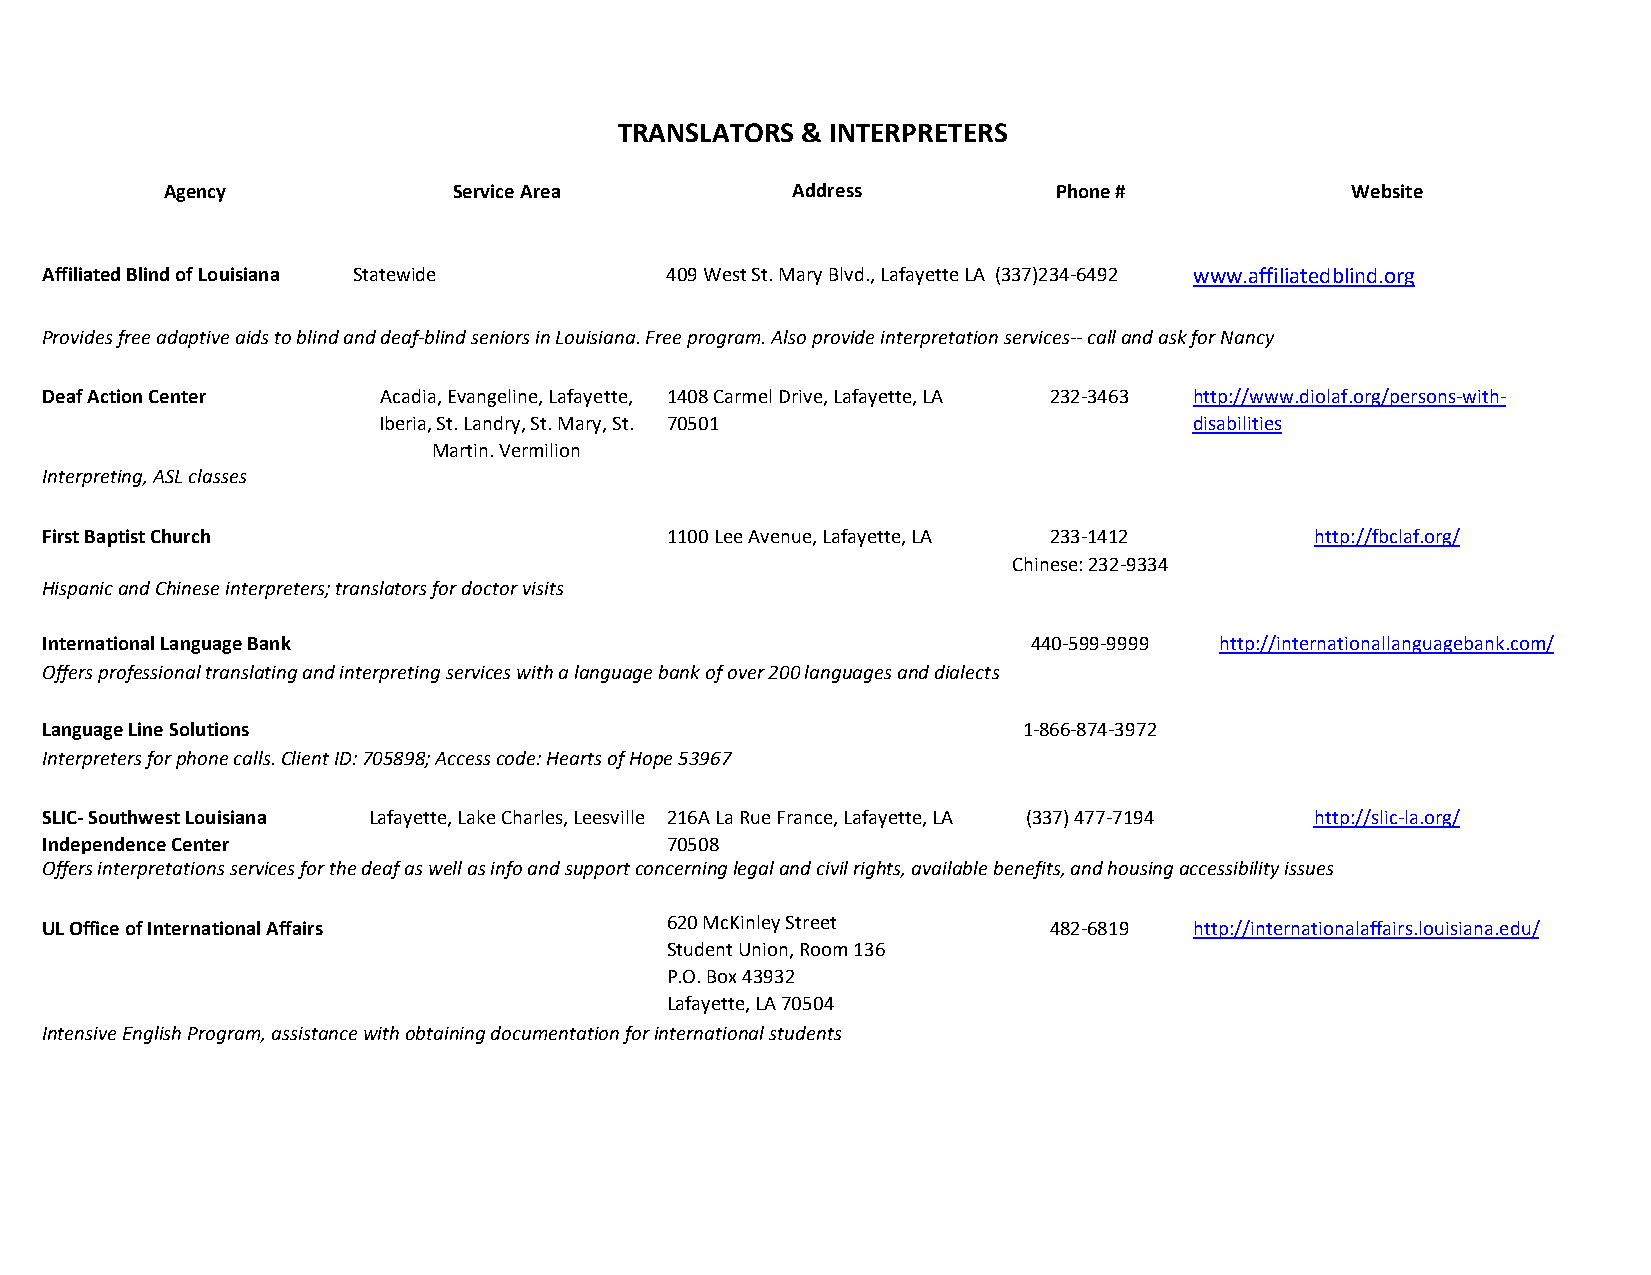
TRANSLATORS & INTERPRETERS
 Agency             Service Area          Address           Phone #            Website
 Affiliated Blind of Louisiana Statewide  409 West St. Mary Blvd., Lafayette LA (337)234-6492 www.affiliatedblind.org
 Provides free adaptive aids to blind and deaf-blind seniors in Louisiana. Free program. Also provide interpretation services-- call and ask for Nancy
 Deaf Action Center    Acadia, Evangeline, Lafayette, 1408 Carmel Drive, Lafayette, LA 232-3463 http://www.diolaf.org/persons-with-
 Iberia, St. Landry, St. Mary, St. 70501               disabilities
 Martin. Vermilion
 Interpreting, ASL classes
 First Baptist Church                     1100 Lee Avenue, Lafayette, LA 233-1412    http://fbclaf.org/
 Chinese: 232-9334
 Hispanic and Chinese interpreters; translators for doctor visits
 International Language Bank                                      440-599-9999 http://internationallanguagebank.com/
 Offers professional translating and interpreting services with a language bank of over 200 languages and dialects
 Language Line Solutions                                          1-866-874-3972
 Interpreters for phone calls. Client ID: 705898; Access code: Hearts of Hope 53967
 SLIC- Southwest Louisiana Lafayette, Lake Charles, Leesville 216A La Rue France, Lafayette, LA (337) 477-7194 http://slic-la.org/
 Independence Center                      70508
 Offers interpretations services for the deaf as well as info and support concerning legal and civil rights, available benefits, and housing accessibility issues
 620 McKinley Street
 UL Office of International Affairs                                482-6819  http://internationalaffairs.louisiana.edu/
 Student Union, Room 136
 P.O. Box 43932
 Lafayette, LA 70504
 Intensive English Program, assistance with obtaining documentation for international students